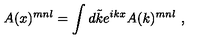
A ( x ) ^ { m n l } = \int d \tilde { k } e ^ { i k x } A ( k ) ^ { m n l } \ ,